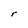
Character: r